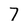
Character: 7